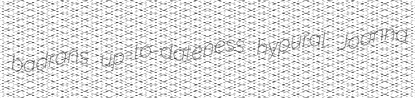
badrans up-to-dateness hypural Joanna